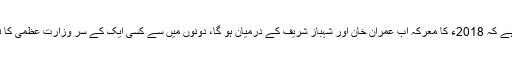
کہا جا سکتا ہے کہ 2018ء کا معرکہ اب عمران خان اور شہباز شریف کے درمیان ہو گا، دونوں میں سے کسی ایک کے سر وزارت عظمیٰ کا تاج سجے گا۔